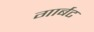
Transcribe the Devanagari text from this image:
गार्बट